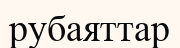
рубаяттар